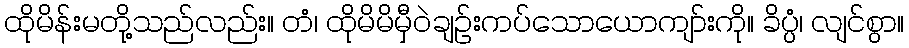
ထိုမိန်းမတို့သည်လည်း။ တံ၊ ထိုမိမိမှီဝဲချဉ်းကပ်သောယောကျာ်းကို။ ခိပ္ပံ၊ လျင်စွာ။